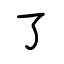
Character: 了